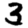
Digit: 3